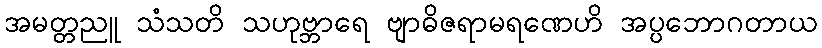
အမတ္တညူ သံသတိ သဟုဗ္ဘာရေ ဗျာဓိဇရာမရဏေဟိ အပ္ပဘောဂတာယ